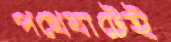
পথেঘাটেই